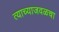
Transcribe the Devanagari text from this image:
त्याच्याजवळचा